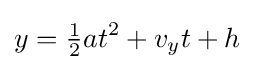
y={\tfrac {1}{2}}at^{2}+v_{y}t+h